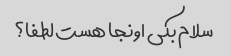
سلام بکی اونجا هست لطفا؟